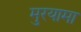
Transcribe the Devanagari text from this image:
मुरयामा